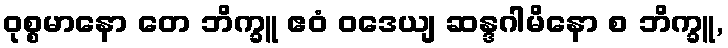
ဝုစ္စမာနော တေ ဘိက္ခူ ဧဝံ ဝဒေယျ ဆန္ဒဂါမိနော စ ဘိက္ခူ,